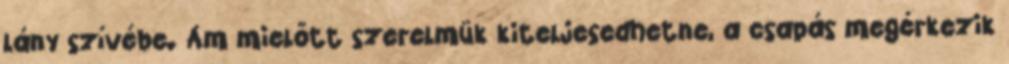
lány szívébe. Ám mielőtt szerelmük kiteljesedhetne, a csapás megérkezik